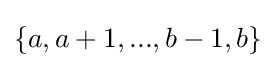
\{a,a+1,...,b-1,b\}